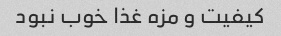
کیفیت و مزه غذا خوب نبود